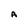
Character: A